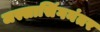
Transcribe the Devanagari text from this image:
जस्सासिंगनंतर